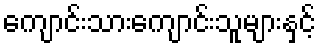
ကျောင်းသားကျောင်းသူများနှင့်